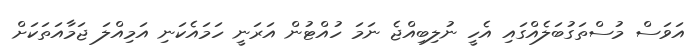
އަވަސް މުސްތަގުބަލެއްގައި އެހީ ނުލިބިއްޖެ ނަމަ ހުއްޓުން އަރަނީ ހަމައެކަނި އަމިއްލަ ޖަމާއަތަކަށް